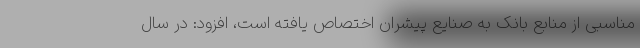
مناسبی از منابع بانک به صنایع پیشران اختصاص یافته است، افزود: در سال